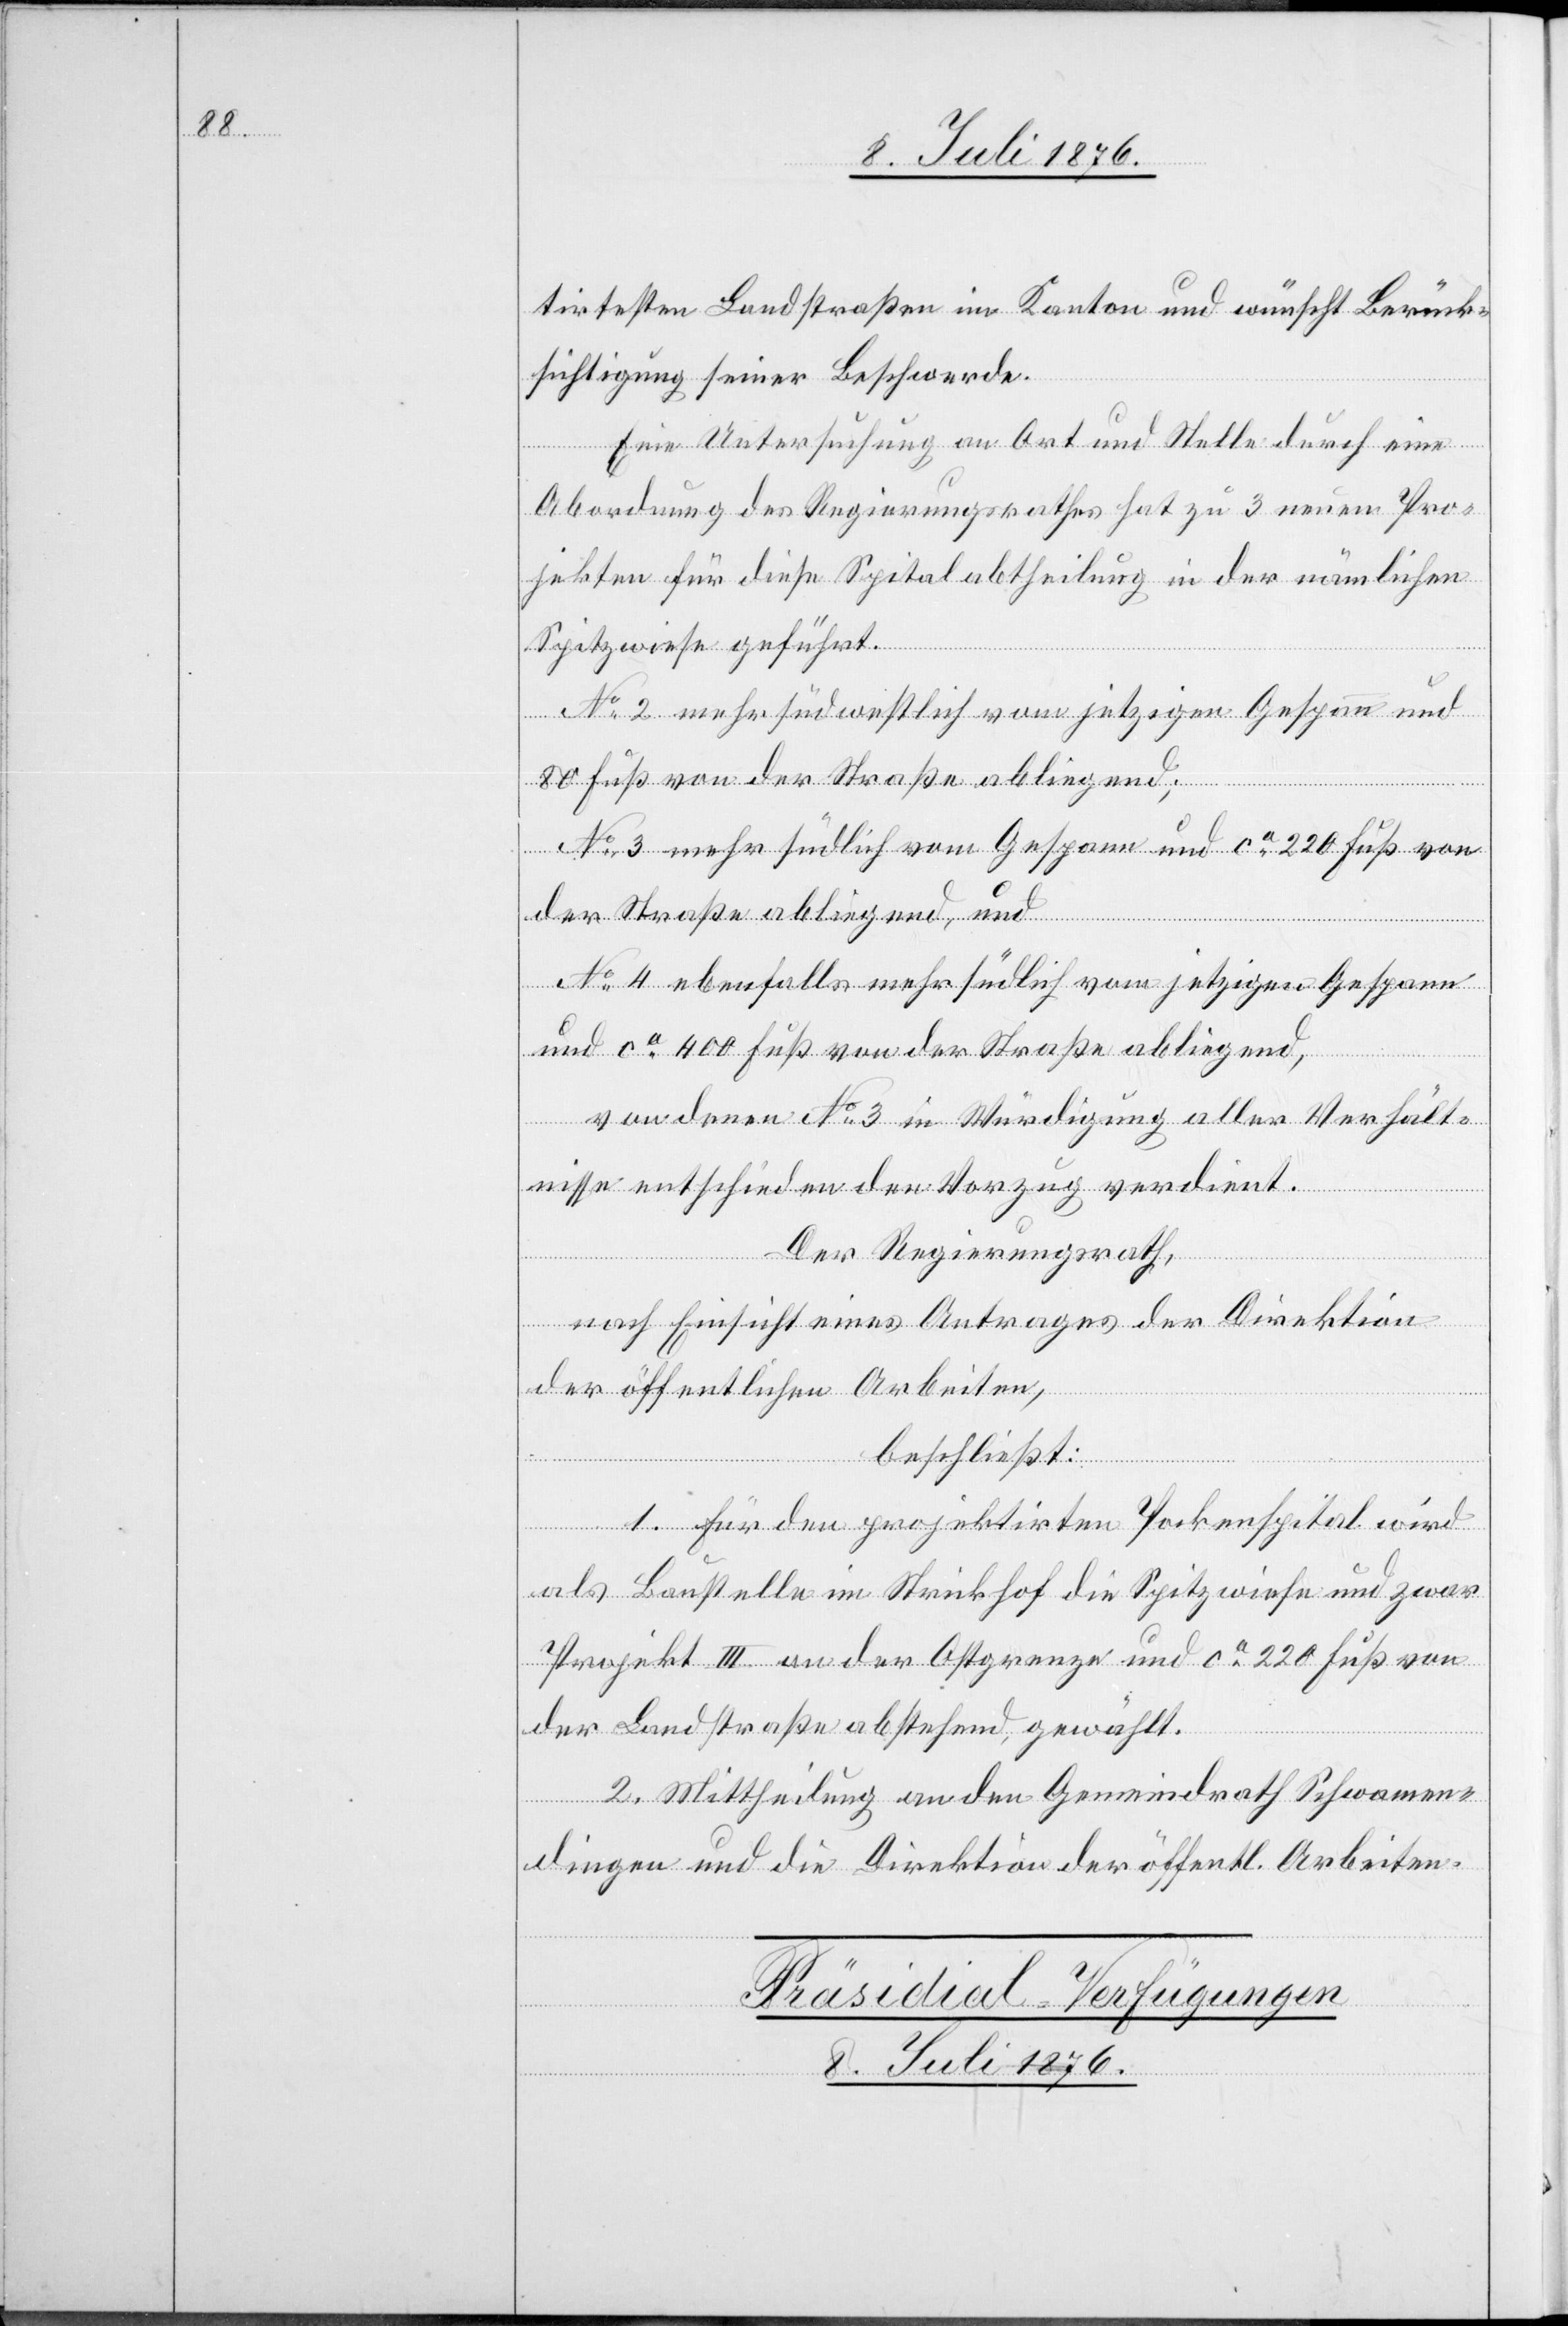
tirtesten Landstraßen im Kanton und wünscht Berück¬
sichtigung seiner Beschwerde.
Eine Untersuchung an Ort und Stelle durch eine
Abordnung des Regierungsrathes hat zu 3 neuen Pro¬
jekten für diese Spitalabtheilung in der nämlichen
Spitzwiese geführt.
No 1 mehr südwestlich vom jetzigen Gespann und
80 Fuß von der Straße abliegend;
No 3 mehr südlich vom Gespann und ca 220 Fuß von
der Straße abliegend, und
No 4 ebenfalls mehr südlich vom jetzigen Gespann
und ca 400 Fuß von der Straße abliegend,
von denen No 3 in Würdigung aller Verhält¬
nisse entschieden den Vorzug verdient.
Der Regierungsrath,
nach Einsicht eines Antrages der Direktion
der öffentlichen Arbeiten,
beschließt:
1. Für den projektirten Pockenspital wird
als Baustelle im Strickhof die Spitzwiese und zwar
Projekt III an der Ostgrenze und ca 220 Fuß von
der Landstraße abstehend, gewählt.
2. Mittheilung an den Gemeindrath Schwamen¬
dingen und die Direktion der öffentl. Arbeiten.
Präsidial-Verfügungen
8. Juli 1876.